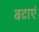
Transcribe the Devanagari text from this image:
बटाएं